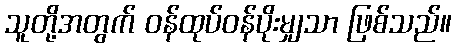
သူတို့အတွက် ဝန်ထုပ်ဝန်ပိုးမျှသာ ဖြစ်သည်။